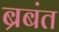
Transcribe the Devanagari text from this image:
ब्रबंत